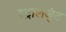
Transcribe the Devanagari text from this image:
श्ट्रालजुंट